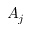
A _ { j }